255_413270_UFO's_and_Defense_What_Should_we_Prepare_For
Agency: NASA
Page 48
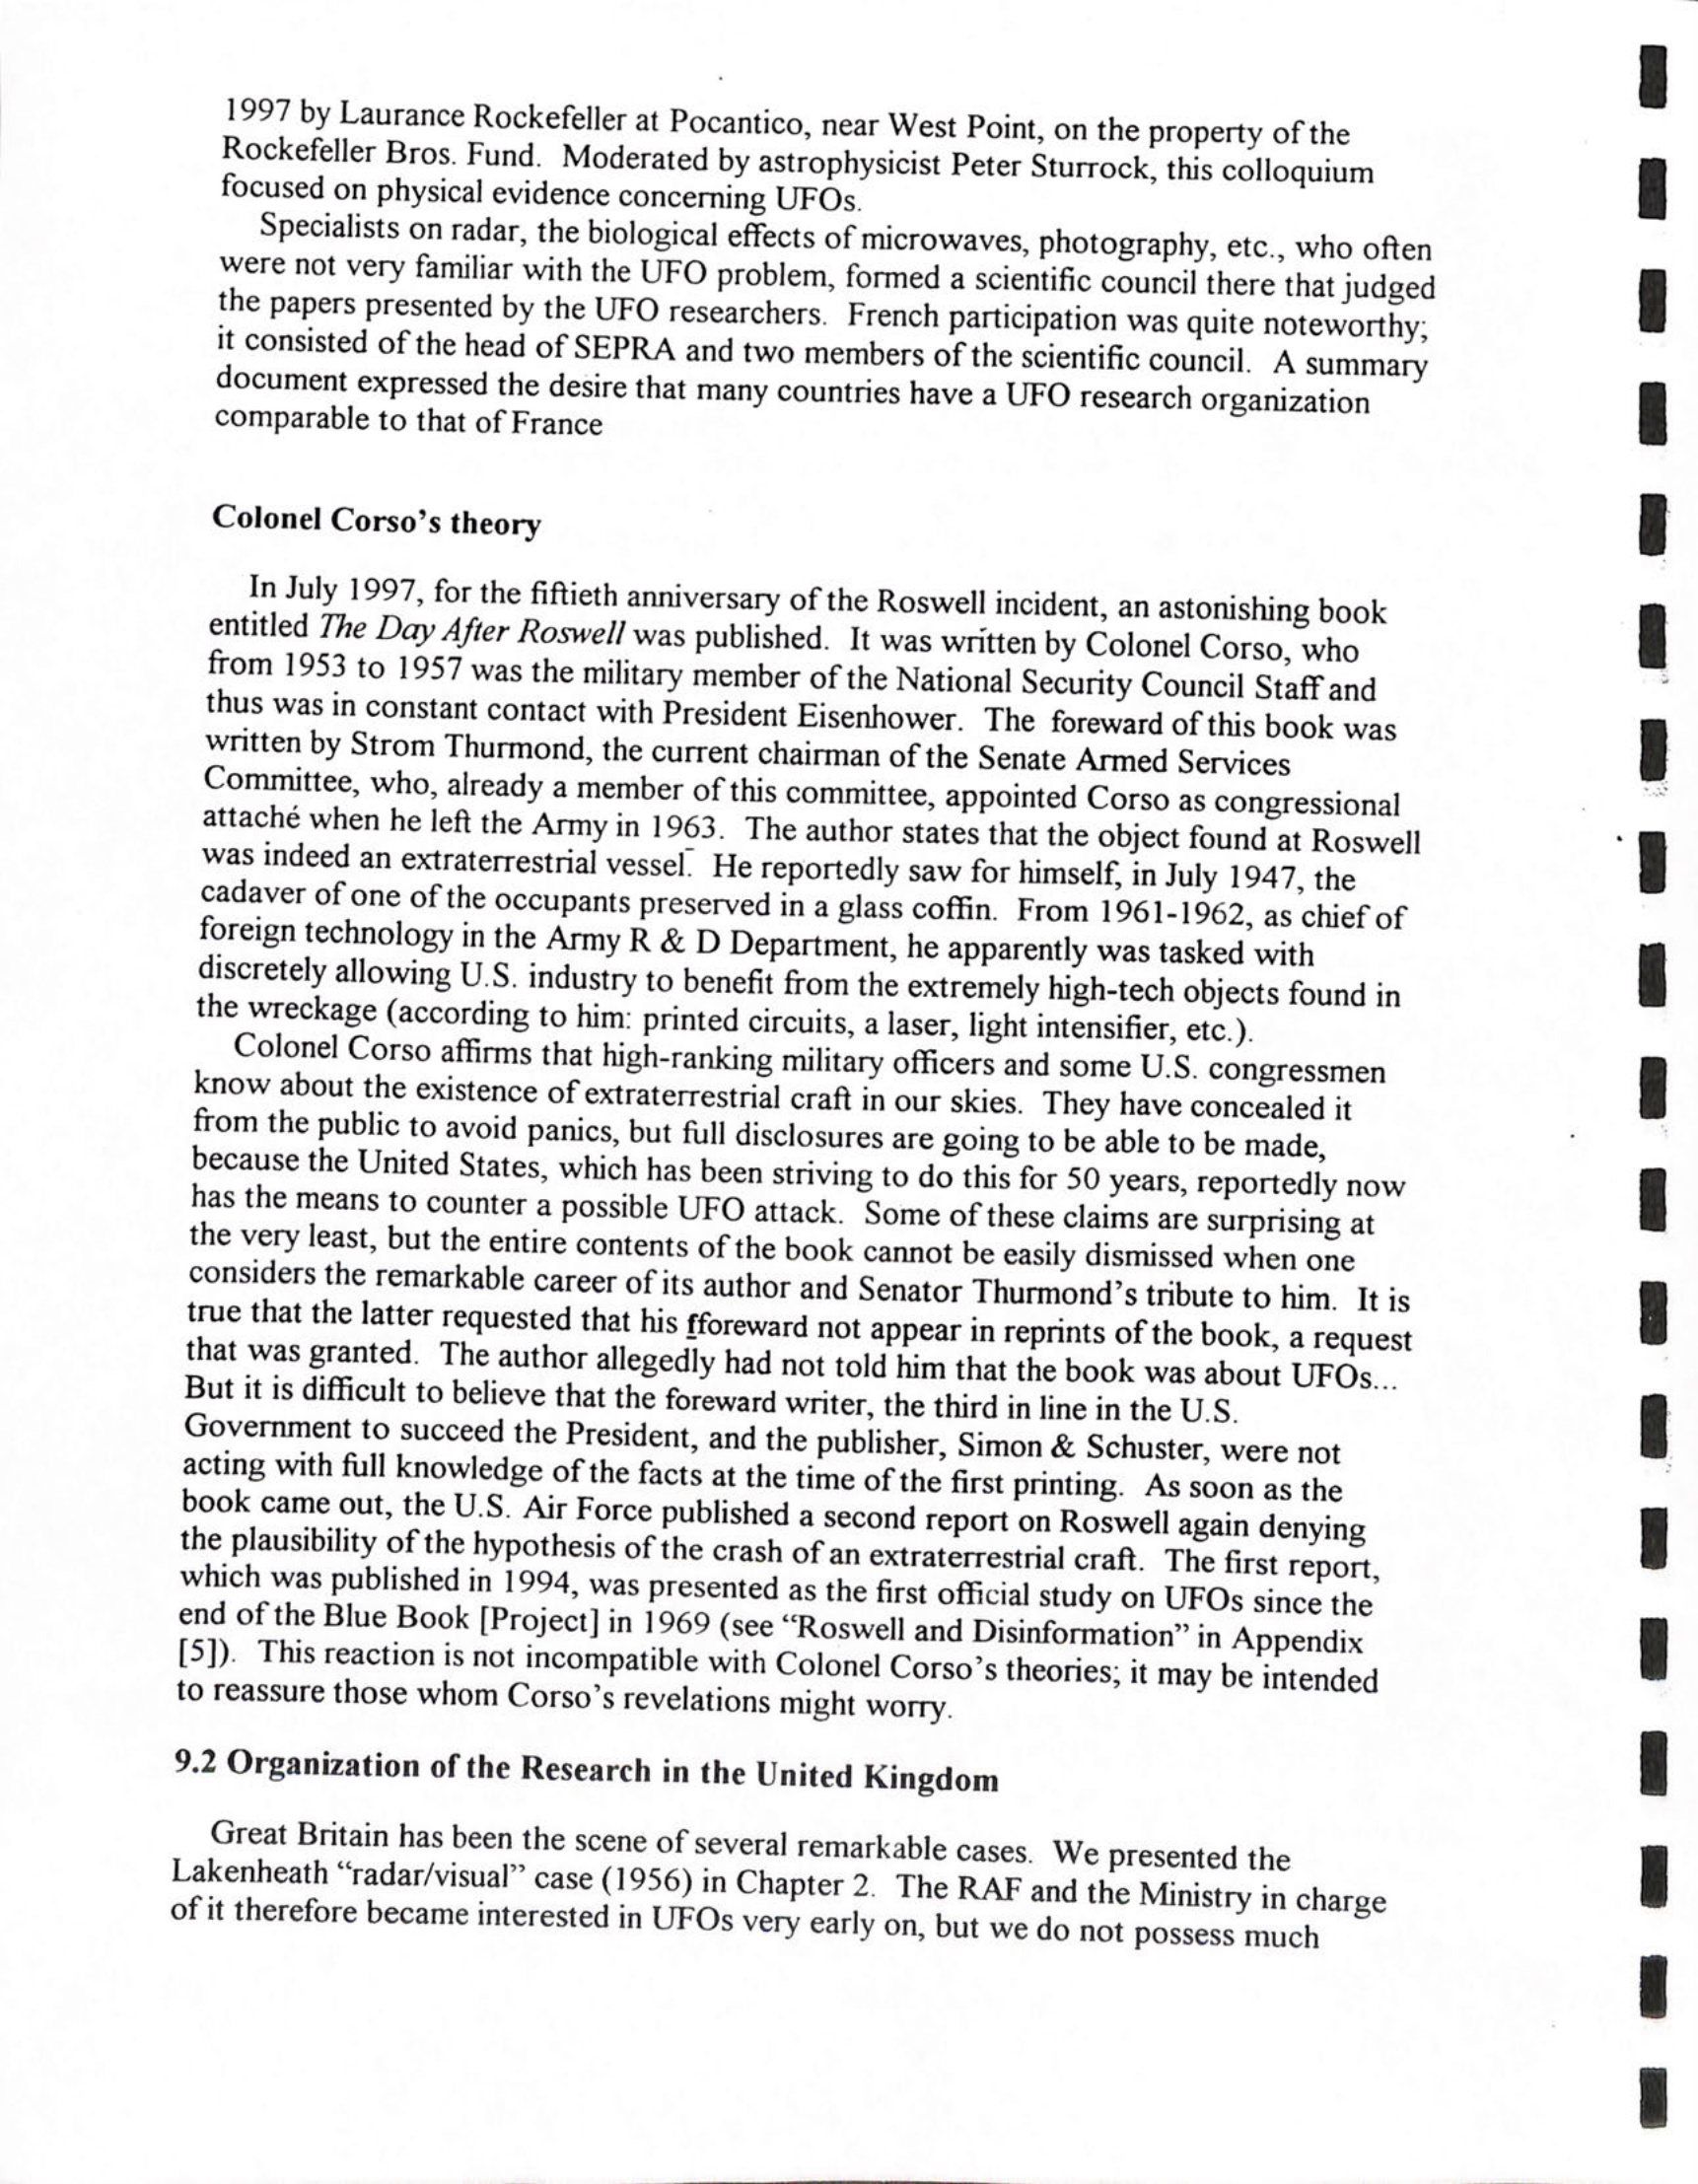